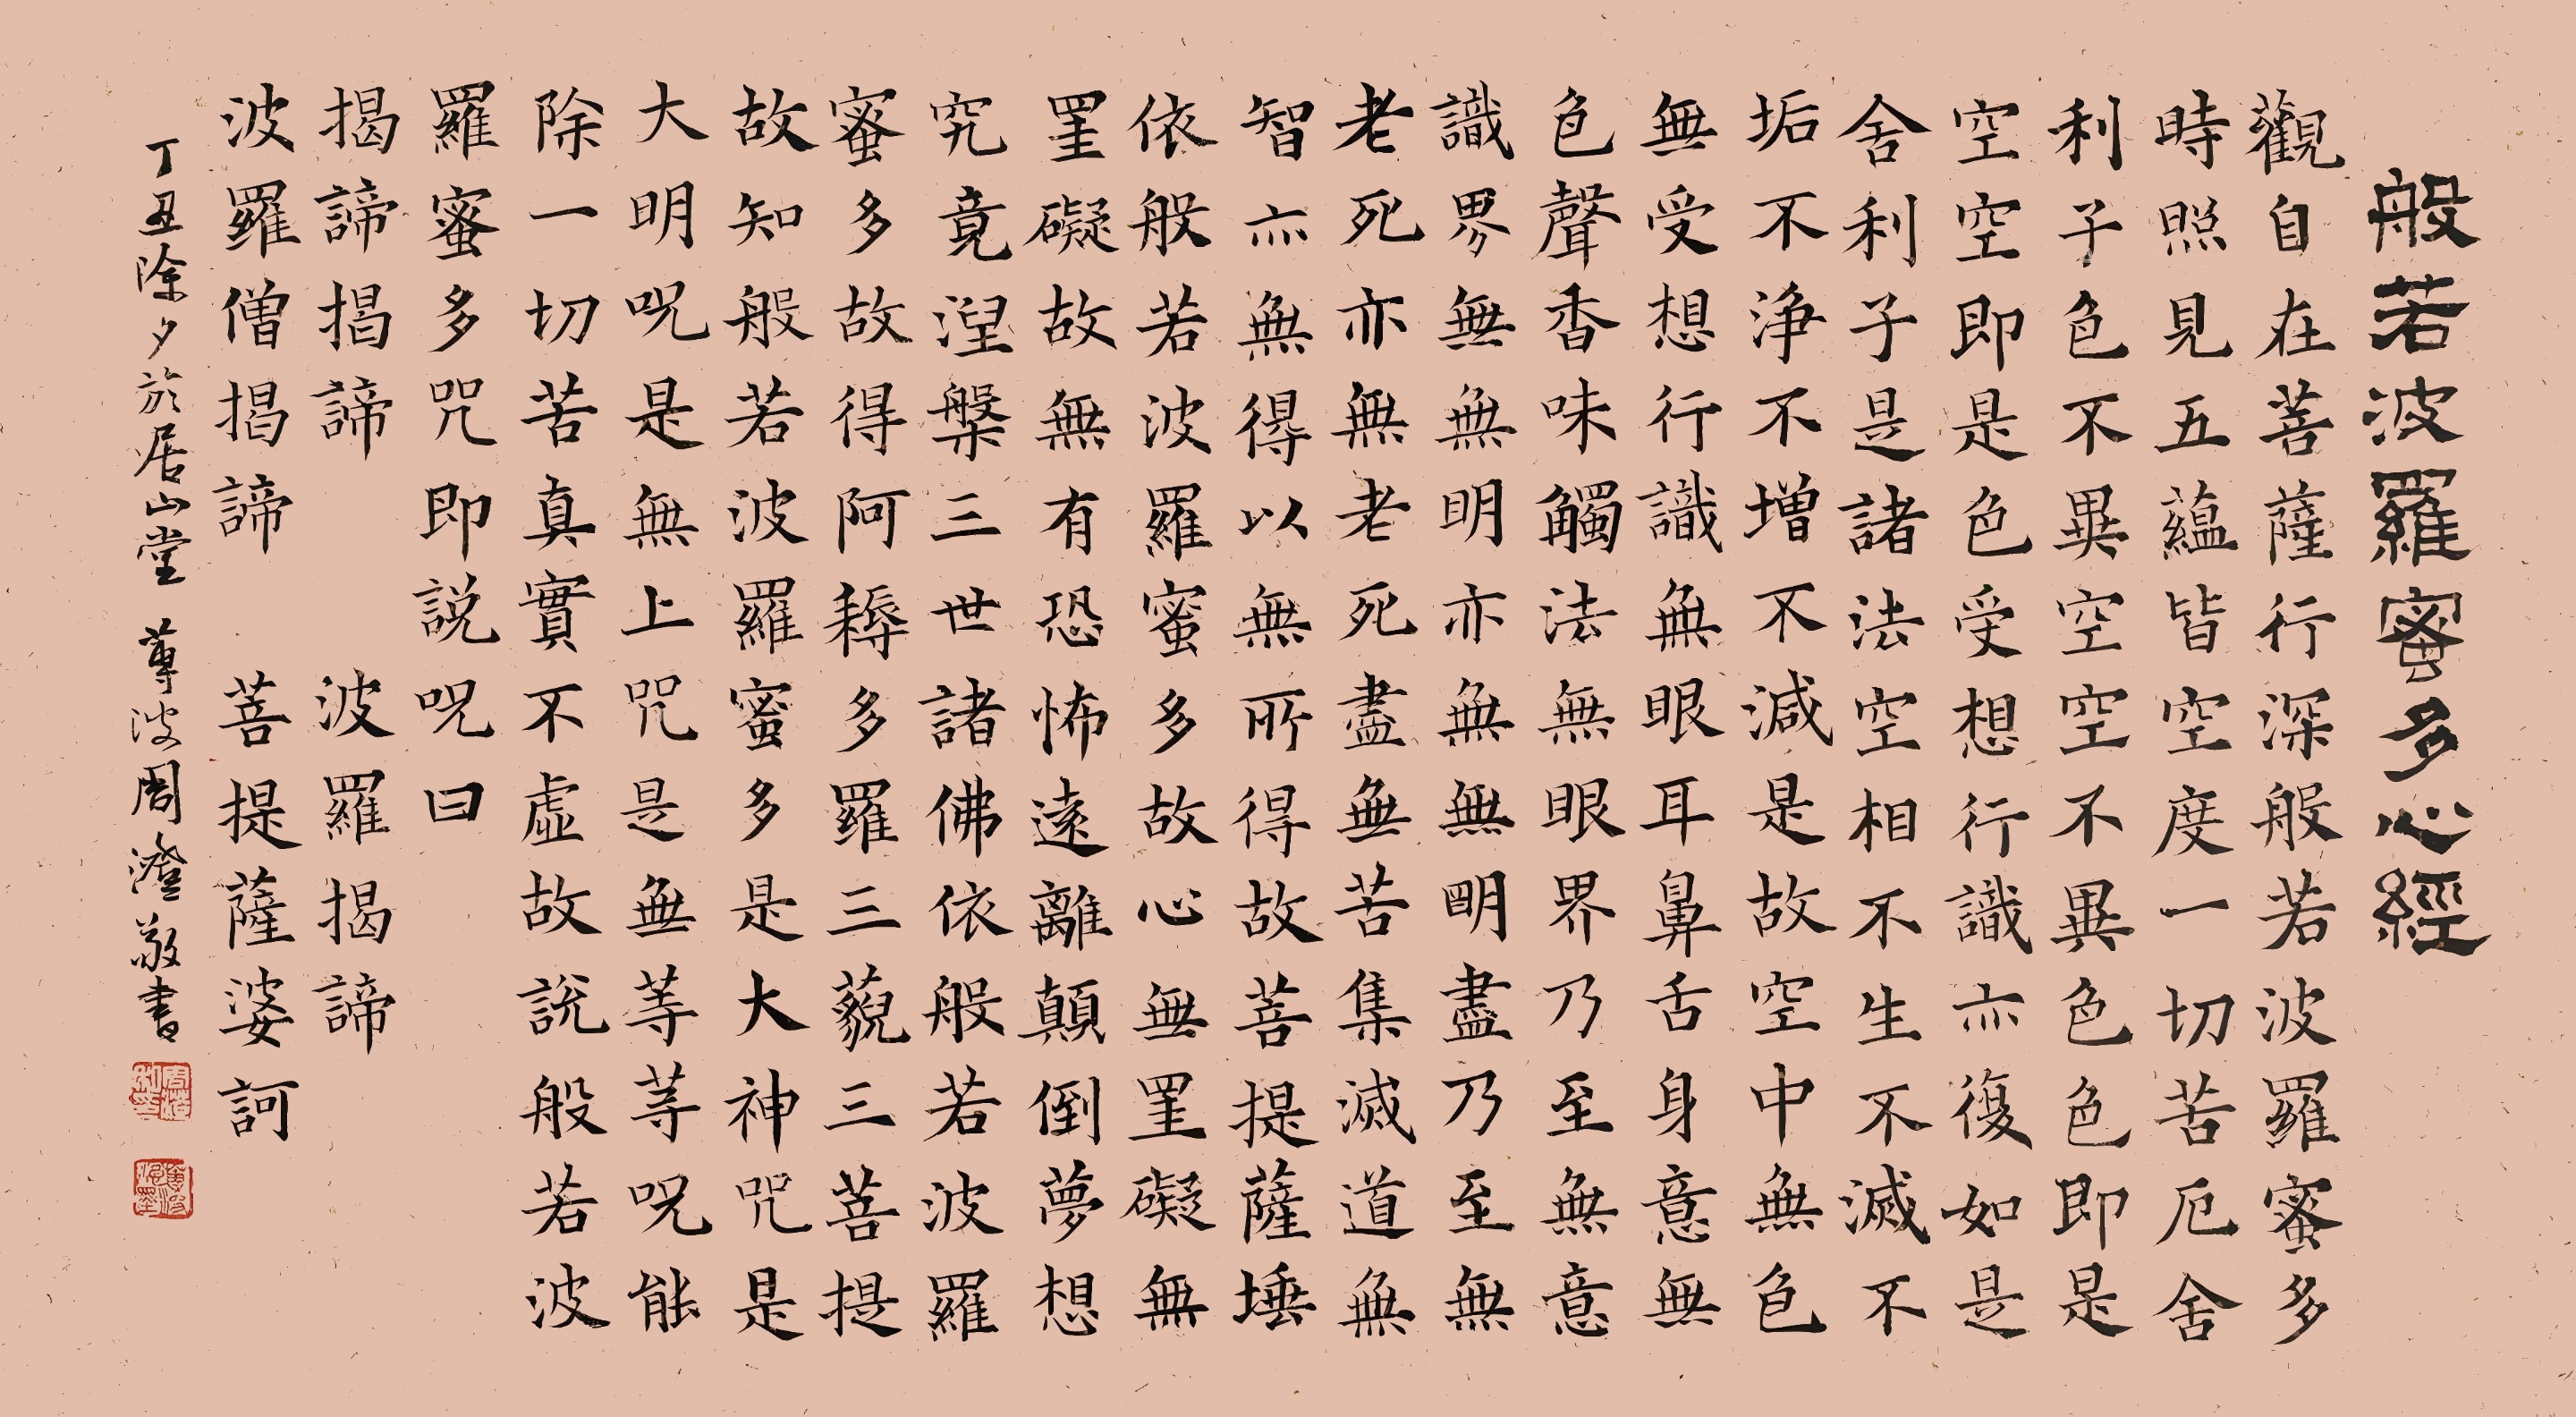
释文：般若波罗蜜多心经。观自在菩萨，行深般若波罗蜜多时，照见五蕴皆空，度一切苦厄。舍利子，色不异空，空不异色，色即是空，空即是色；受想行识，亦复如是。舍利子，是诸法空相：不生不灭，不垢不净，不增不减。是故空中无色，无受想行识，无眼耳鼻舌身意，无色声香味触法，无眼界乃至无意识界，无无明，亦无无明尽；乃至无老死，亦无老死尽。无苦集灭道，无智亦无得。以无所得故，菩提萨埵，依般若波罗蜜多故，心无罣碍，无罣碍故，无有恐怖；远离颠倒梦想，究竟涅槃。三世诸佛，依般若波罗蜜多故，得阿耨多罗三藐三菩提。故知般若波罗蜜多，是大神咒，是大明咒，是无上咒。是无等等咒，能除一切苦，真实不虚。故说般若波罗蜜多咒，即说咒曰：揭谛揭谛，波罗揭谛，波罗僧揭谛，菩提萨婆诃。丁丑除夕于居山堂，莼波周澄敬书。